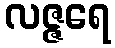
လဇ္ဇရေ